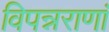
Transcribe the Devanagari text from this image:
विपन्नराणां